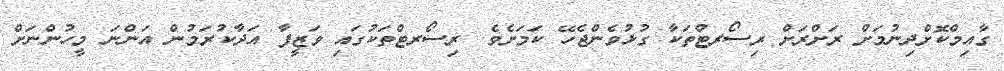
ގާއިމްކޮށްދިނުމަށް ރަށްރަށް ރިސޯރޓްތަކާ ގުޅުވެންޖެހޭ ކަމަށެވެ. ރިސޯރޓްތަކުގައި ވަޒީފާ އަދާކުރަމުން އަންނަ މީހުންނަށް